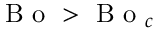
\mathrm { ~ B ~ o ~ } > \mathrm { ~ B ~ o ~ } _ { c }